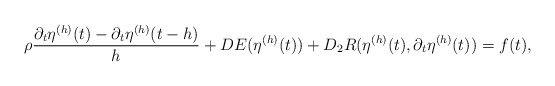
\begin{align*}\rho\frac{\partial_t \eta^{(h)}(t) - \partial_t \eta^{(h)}(t - h)}{h} + DE(\eta^{(h)}(t)) + D_2R(\eta^{(h)}(t), \partial_t\eta^{(h)}(t)) = f(t),\end{align*}